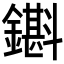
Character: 𨮊